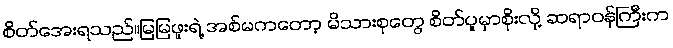
စိတ်အေးရသည်။မြမြဖူးရဲ့ အစ်မကတော့ မိသားစုတွေ စိတ်ပူမှာစိုးလို့ ဆရာဝန်ကြီးက